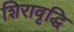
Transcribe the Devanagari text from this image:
शिरावृद्धि